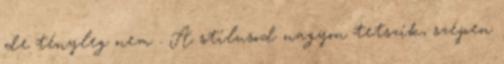
de tényleg nem . A stílusod nagyon tetszik, szépen